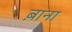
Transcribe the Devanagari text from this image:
ब़ाना